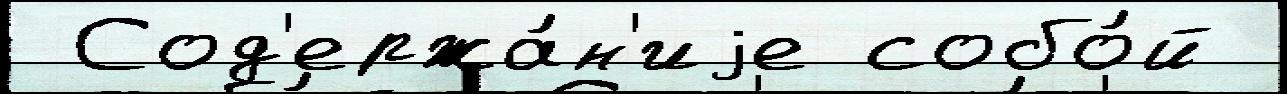
 Сод'ержа́н'иjе собо́й